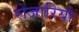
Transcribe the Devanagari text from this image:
रोजारियो